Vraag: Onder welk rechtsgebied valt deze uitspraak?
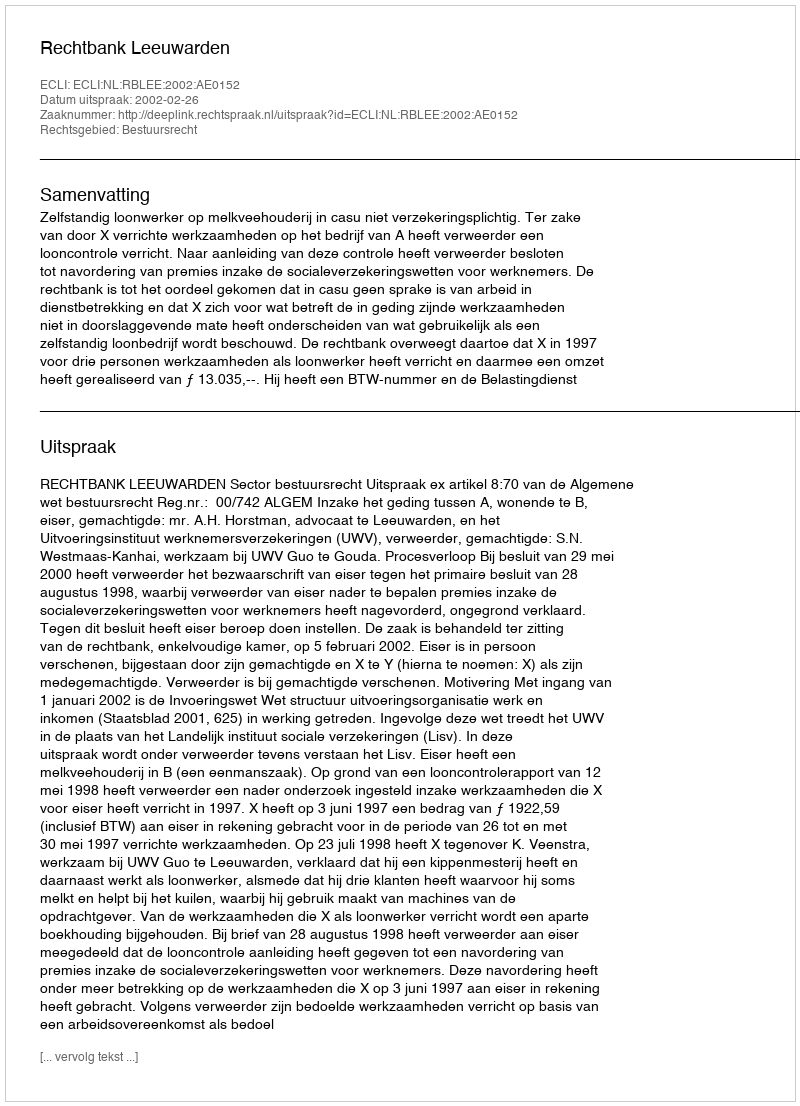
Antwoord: Bestuursrecht